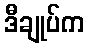
ဒီချုပ်က